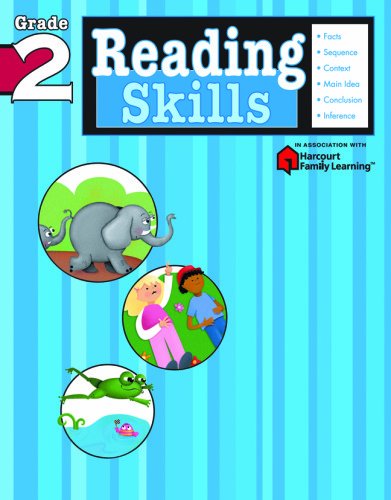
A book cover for Reading Skills: Grade 2 (Flash Kids Harcourt Family Learning); Children's Books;